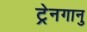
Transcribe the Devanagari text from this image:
ट्रेनगानु